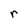
Character: r